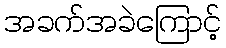
အခက်အခဲကြောင့်